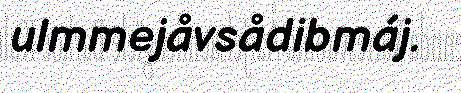
ulmmejåvsådibmáj.